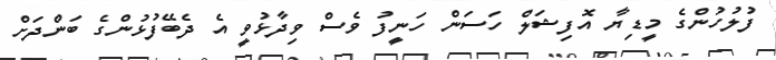
ފުލުހުންގެ މީޑިޔާ އޮފިޝަލް ހަސަން ހަނީފު ވެސް ވިދާޅުވީ އެ ދެބޭފުޅުންގެ ބަންދަށް